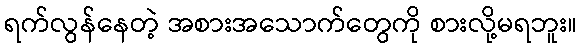
ရက်လွန်နေတဲ့ အစားအသောက်တွေကို စားလို့မရဘူး။